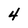
Character: 4